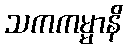
သကကမ္မာနိ